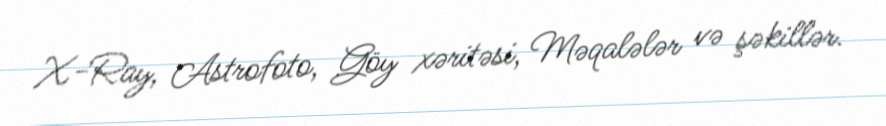
X-Ray, Astrofoto, Göy xəritəsi, Məqalələr və şəkillər.